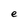
Character: e